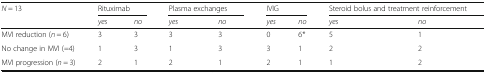
<table><thead><tr><td><b><i>N</i> = 13</b></td><td colspan="2"><b>Rituximab</b></td><td colspan="2"><b>Plasma exchanges</b></td><td colspan="2"><b>IVIG</b></td><td colspan="2"><b>Steroid bolus and treatment reinforcement</b></td></tr><tr><td></td><td><b><i>yes</i></b></td><td><b><i>no</i></b></td><td><b><i>yes</i></b></td><td><b><i>no</i></b></td><td><b><i>yes</i></b></td><td><b><i>no</i></b></td><td><b><i>yes</i></b></td><td><b><i>no</i></b></td></tr></thead><tbody><tr><td>MVI reduction (<i>n</i> = 6)</td><td>3</td><td>3</td><td>3</td><td>3</td><td>0</td><td>6*</td><td>5</td><td>1</td></tr><tr><td>No change in MVI (=4)</td><td>1</td><td>3</td><td>1</td><td>3</td><td>3</td><td>1</td><td>2</td><td>2</td></tr><tr><td>MVI progression (<i>n</i> = 3)</td><td>2</td><td>1</td><td>2</td><td>1</td><td>2</td><td>1</td><td>1</td><td>2</td></tr></tbody></table>